画像に写った文字を読んでください
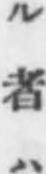
「ル者ハ」と書いてあります